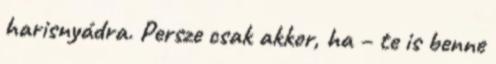
harisnyádra. Persze csak akkor, ha – te is benne